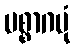
ပစ္စာဂမုံ